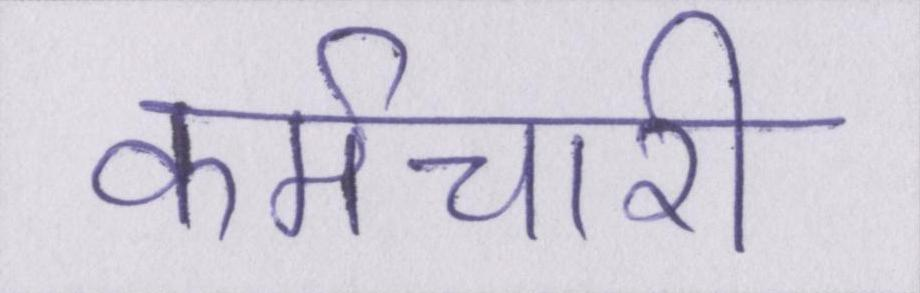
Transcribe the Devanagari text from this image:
कर्मचारी